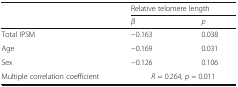
<table><thead><tr><td rowspan="2"></td><td colspan="2"><b>Relative telomere length</b></td></tr><tr><td><b><i>β</i></b></td><td><b><i>p</i></b></td></tr></thead><tbody><tr><td>Total IPSM</td><td>−0.163</td><td>0.038</td></tr><tr><td>Age</td><td>−0.169</td><td>0.031</td></tr><tr><td>Sex</td><td>−0.126</td><td>0.106</td></tr><tr><td>Multiple correlation coefficient</td><td colspan="2"><i>R</i> = 0.264, <i>p</i> = 0.011</td></tr></tbody></table>